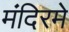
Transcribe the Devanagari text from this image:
मंदिरमे